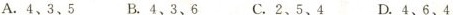
A.4、3、5 B.4、3、6 C.2、5、4 D.4、6、4